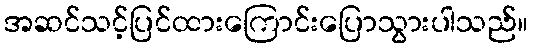
အဆင်သင့်ပြင်ထားကြောင်းပြောသွားပါသည်။